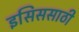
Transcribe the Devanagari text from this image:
इसिससाठी